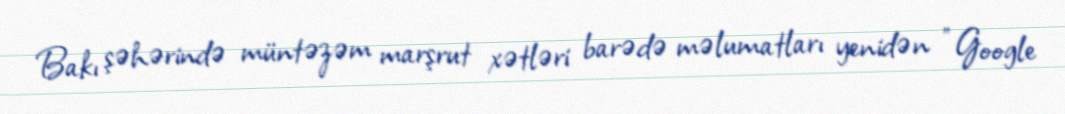
Bakı şəhərində müntəzəm marşrut xətləri barədə məlumatları yenidən "Google